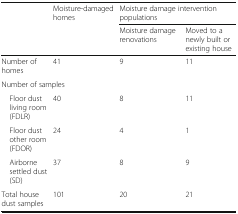
<table><thead><tr><td></td><td><b>Moisture-damaged homes</b></td><td colspan="2"><b>Moisture damage intervention populations</b></td></tr><tr><td></td><td></td><td><b>Moisture damage renovations</b></td><td><b>Moved to a newly built or existing house</b></td></tr></thead><tbody><tr><td>Number of homes</td><td>41</td><td>9</td><td>11</td></tr><tr><td colspan="4">Number of samples</td></tr><tr><td> Floor dust living room (FDLR)</td><td>40</td><td>8</td><td>11</td></tr><tr><td> Floor dust other room (FDOR)</td><td>24</td><td>4</td><td>1</td></tr><tr><td> Airborne settled dust (SD)</td><td>37</td><td>8</td><td>9</td></tr><tr><td>Total house dust samples</td><td>101</td><td>20</td><td>21</td></tr></tbody></table>